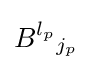
B^{l_{p}}{}_{j_{p}}